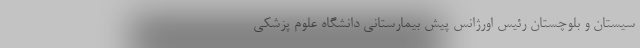
سیستان و بلوچستان رئیس اورژانس پیش بیمارستانی دانشگاه علوم پزشکی